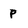
Character: p